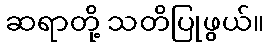
ဆရာတို့ သတိပြုဖွယ်။